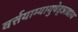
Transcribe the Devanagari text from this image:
वर्त्तयाम्यायुषेड्न्नाद्याय